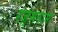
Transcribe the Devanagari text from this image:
रज़्मनामा